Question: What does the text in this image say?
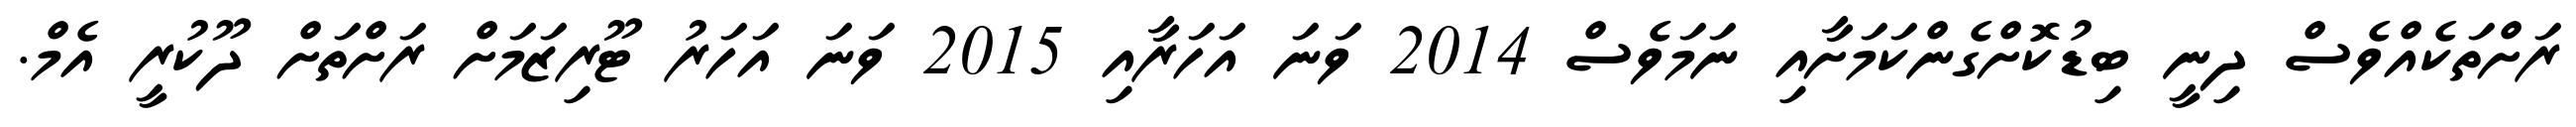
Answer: ރަށްތަކެއްވެސް ދިނީ ބިޑުކޮށްގެންކަމަށާއި ނަމަވެސް 2014 ވަނަ އަހަރާއި 2015 ވަނަ އަހަރު ޓޫރިޒަމަށް ރަށްތަށް ދޫކުރީ އެމް.